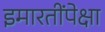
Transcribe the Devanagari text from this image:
इमारतींपेक्षा